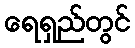
ရေရှည်တွင်